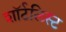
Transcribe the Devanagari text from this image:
शॉर्टलिस्ट